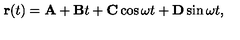
{ \bf r } ( t ) = { \bf A } + { \bf B } t + { \bf C } \cos \omega t + { \bf D } \sin \omega t ,